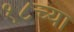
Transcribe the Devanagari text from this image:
१८च्या